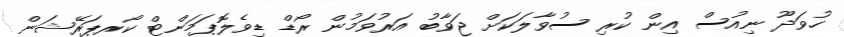
ހުވަދޫ ނިއުސް އިން ކުރި ސުވާލަކަށް ޖަވާބު އަރުވަމުން ރޯޑް ޑިވެލޮޕަމަންޓް ކޯރޕަރޭޝަން